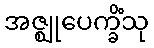
အဇ္ဈုပေက္ခိံသု